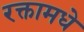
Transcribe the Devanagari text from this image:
रक्तामधे